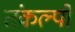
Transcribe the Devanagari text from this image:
तंकल्पों